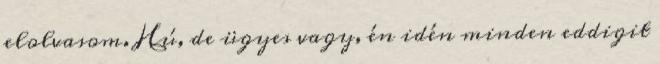
elolvasom. Hú, de ügyes vagy, én idén minden eddigit